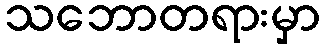
သဘောတရားမှာ